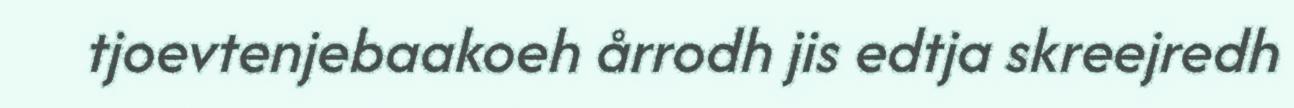
tjoevtenjebaakoeh årrodh jis edtja skreejredh